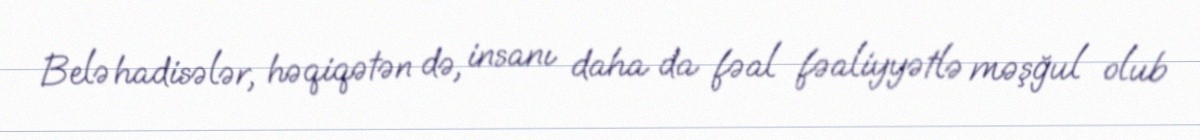
Belə hadisələr, həqiqətən də, insanı daha da fəal fəaliyyətlə məşğul olub